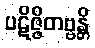
ပဋိဇ္ဇိတဗ္ဗန္တိ